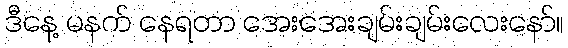
ဒီနေ့ မနက် နေရတာ အေးအေးချမ်းချမ်းလေးနော်။